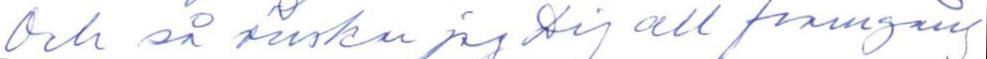
Och så önskar jag Dig all framgång